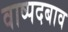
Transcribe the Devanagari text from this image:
वाष्पदबाव